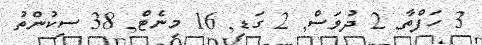
3 ހަފްތާ